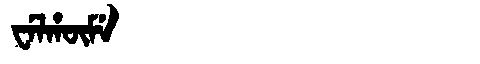
Manchu: ᠸᡝᠯᡥᡡᠮᡝ
Romanization: WELHŪME